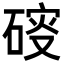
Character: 𥔑